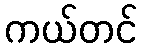
ကယ်တင်